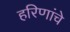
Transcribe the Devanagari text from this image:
हरिणांचे